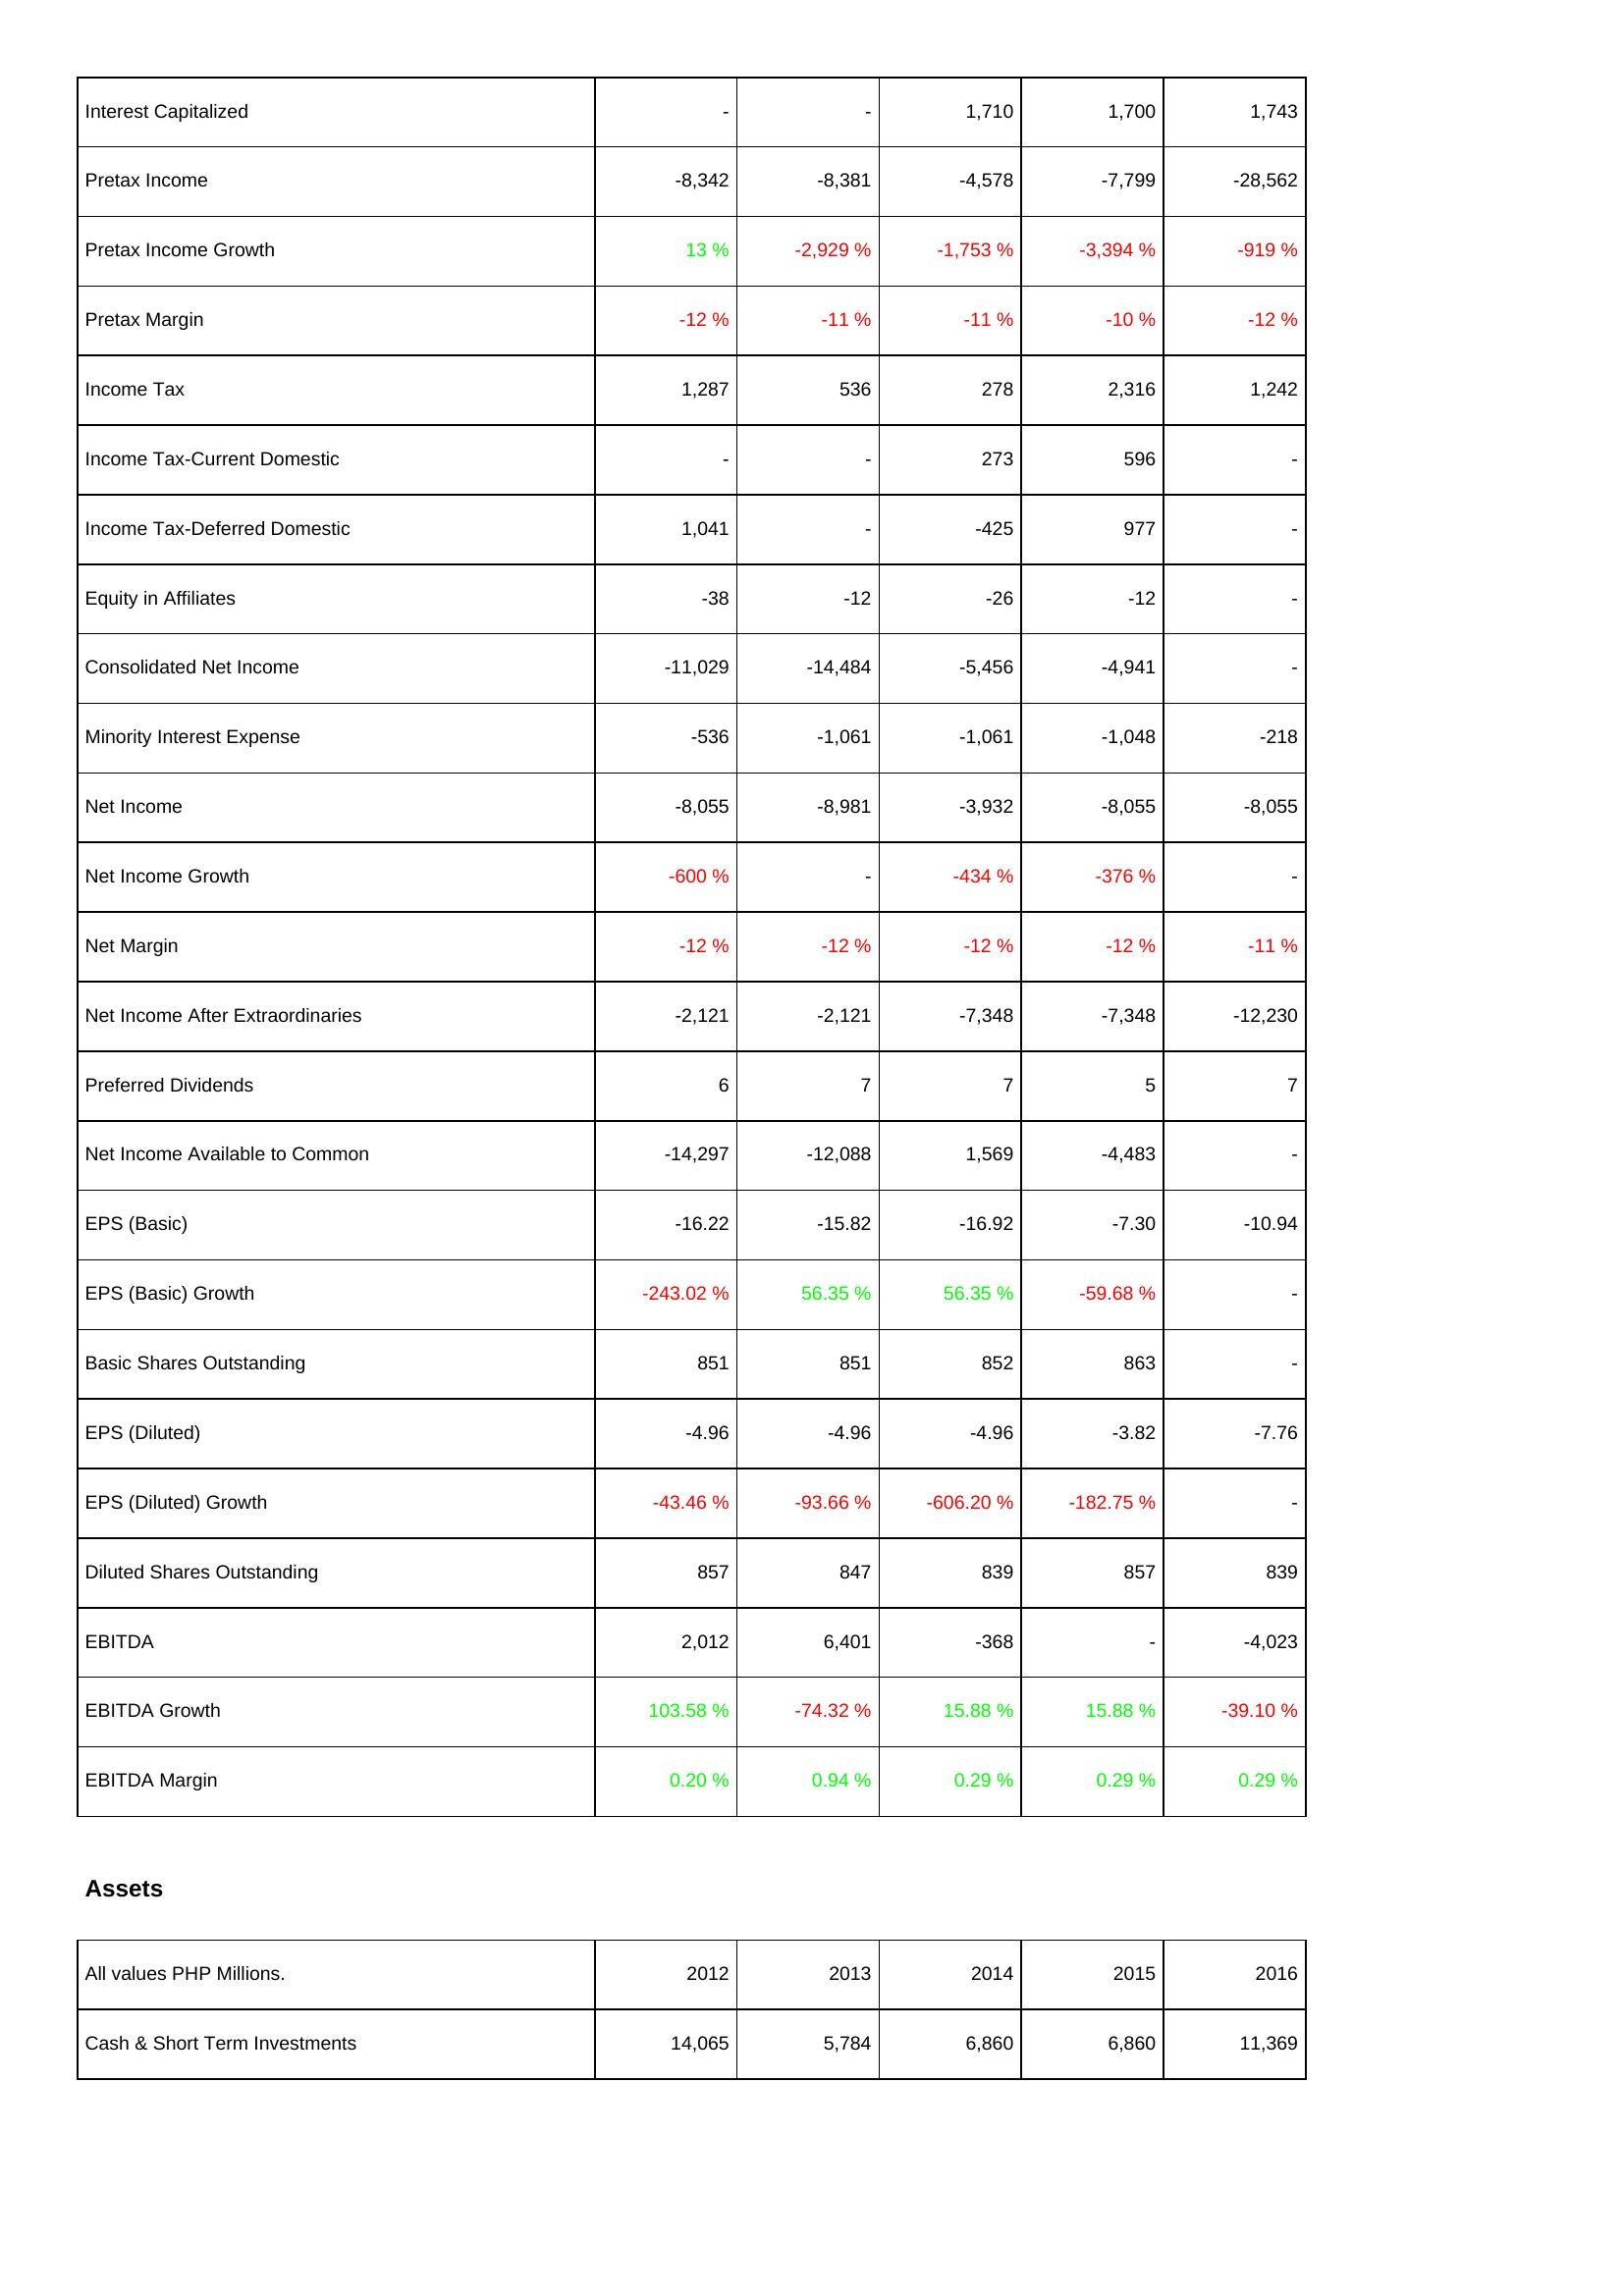
2012: Income Statement: Interest Capitalized: -
Pretax Income: -8,342
Pretax Income Growth: 13 %
Pretax Margin: -12 %
Income Tax: 1,287
Income Tax-Current Domestic: -
Income Tax-Deferred Domestic: 1,041
Equity in Affiliates: -38
Consolidated Net Income: -11,029
Minority Interest Expense: -536
Net Income: -8,055
Net Income Growth: -600 %
Net Margin: -12 %
Net Income After Extraordinaries: -2,121
Preferred Dividends: 6
Net Income Available to Common: -14,297
EPS (Basic): -16.22
EPS (Basic) Growth: -243.02 %
Basic Shares Outstanding: 851
EPS (Diluted): -4.96
EPS (Diluted) Growth: -43.46 %
Diluted Shares Outstanding: 857
EBITDA: 2,012
EBITDA Growth: 103.58 %
EBITDA Margin: 0.20 %
Assets: Cash & Short Term Investments: 14,065
2013: Income Statement: Interest Capitalized: -
Pretax Income: -8,381
Pretax Income Growth: -2,929 %
Pretax Margin: -11 %
Income Tax: 536
Income Tax-Current Domestic: -
Income Tax-Deferred Domestic: -
Equity in Affiliates: -12
Consolidated Net Income: -14,484
Minority Interest Expense: -1,061
Net Income: -8,981
Net Income Growth: -
Net Margin: -12 %
Net Income After Extraordinaries: -2,121
Preferred Dividends: 7
Net Income Available to Common: -12,088
EPS (Basic): -15.82
EPS (Basic) Growth: 56.35 %
Basic Shares Outstanding: 851
EPS (Diluted): -4.96
EPS (Diluted) Growth: -93.66 %
Diluted Shares Outstanding: 847
EBITDA: 6,401
EBITDA Growth: -74.32 %
EBITDA Margin: 0.94 %
Assets: Cash & Short Term Investments: 5,784
2014: Income Statement: Interest Capitalized: 1,710
Pretax Income: -4,578
Pretax Income Growth: -1,753 %
Pretax Margin: -11 %
Income Tax: 278
Income Tax-Current Domestic: 273
Income Tax-Deferred Domestic: -425
Equity in Affiliates: -26
Consolidated Net Income: -5,456
Minority Interest Expense: -1,061
Net Income: -3,932
Net Income Growth: -434 %
Net Margin: -12 %
Net Income After Extraordinaries: -7,348
Preferred Dividends: 7
Net Income Available to Common: 1,569
EPS (Basic): -16.92
EPS (Basic) Growth: 56.35 %
Basic Shares Outstanding: 852
EPS (Diluted): -4.96
EPS (Diluted) Growth: -606.20 %
Diluted Shares Outstanding: 839
EBITDA: -368
EBITDA Growth: 15.88 %
EBITDA Margin: 0.29 %
Assets: Cash & Short Term Investments: 6,860
2015: Income Statement: Interest Capitalized: 1,700
Pretax Income: -7,799
Pretax Income Growth: -3,394 %
Pretax Margin: -10 %
Income Tax: 2,316
Income Tax-Current Domestic: 596
Income Tax-Deferred Domestic: 977
Equity in Affiliates: -12
Consolidated Net Income: -4,941
Minority Interest Expense: -1,048
Net Income: -8,055
Net Income Growth: -376 %
Net Margin: -12 %
Net Income After Extraordinaries: -7,348
Preferred Dividends: 5
Net Income Available to Common: -4,483
EPS (Basic): -7.30
EPS (Basic) Growth: -59.68 %
Basic Shares Outstanding: 863
EPS (Diluted): -3.82
EPS (Diluted) Growth: -182.75 %
Diluted Shares Outstanding: 857
EBITDA: -
EBITDA Growth: 15.88 %
EBITDA Margin: 0.29 %
Assets: Cash & Short Term Investments: 6,860
2016: Income Statement: Interest Capitalized: 1,743
Pretax Income: -28,562
Pretax Income Growth: -919 %
Pretax Margin: -12 %
Income Tax: 1,242
Income Tax-Current Domestic: -
Income Tax-Deferred Domestic: -
Equity in Affiliates: -
Consolidated Net Income: -
Minority Interest Expense: -218
Net Income: -8,055
Net Income Growth: -
Net Margin: -11 %
Net Income After Extraordinaries: -12,230
Preferred Dividends: 7
Net Income Available to Common: -
EPS (Basic): -10.94
EPS (Basic) Growth: -
Basic Shares Outstanding: -
EPS (Diluted): -7.76
EPS (Diluted) Growth: -
Diluted Shares Outstanding: 839
EBITDA: -4,023
EBITDA Growth: -39.10 %
EBITDA Margin: 0.29 %
Assets: Cash & Short Term Investments: 11,369